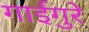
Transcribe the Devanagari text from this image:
गाईगुरे